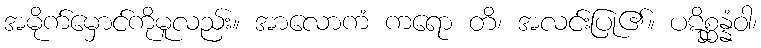
အမိုက်မှောင်ကိုမူလည်း။ အာလောကံ ကရော တိ၊ အလင်းပြု၏။ ပဋိစ္ဆန္နံဝါ၊